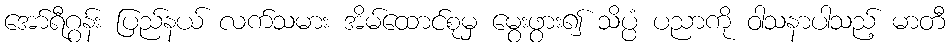
အော်ရီဂွန်း ပြည်နယ် လက်သမား အိမ်ထောင်စုမှ မွေးဖွား၍ သိပ္ပံ ပညာကို ဝါသနာပါသည့် မာတီ